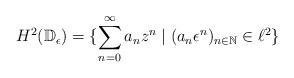
LaTeX: \begin{align*}H^2(\mathbb{D}_\epsilon) = \{\sum_{n = 0}^{\infty}a_n z^n \mid (a_n \epsilon^n)_{n \in \mathbb{N}} \in \ell^2\}\end{align*}